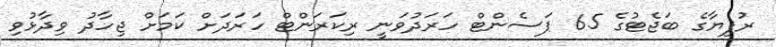
ރުފިޔާގެ ބަޖެޓުގެ 65 ޕަސެންޓް ހަރަދުވަނީ ރިކަރަންޓް ހަރަދަށް ކަމަށް ޖިހާދު ވިދާޅުވި